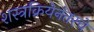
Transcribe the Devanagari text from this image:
शस्त्रक्रियेनंतरचे